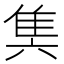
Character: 䧶